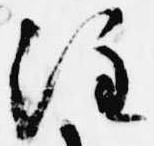
注